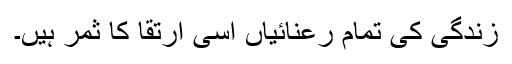
زندگی کی تمام رعنائیاں اسی ارتقا کا ثمر ہیں۔